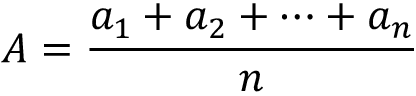
A = { \frac { a _ { 1 } + a _ { 2 } + \cdots + a _ { n } } { n } }